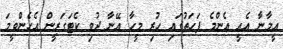
އީމާނާ އެއީ އެންމެ ފަހަތުގައި ހުރި މީހާ އޭނާ ދުވި ކެޓަގަރީން އެހެންވީމަ